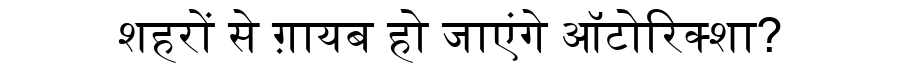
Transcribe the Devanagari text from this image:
शहरों से ग़ायब हो जाएंगे ऑटोरिक्शा?